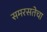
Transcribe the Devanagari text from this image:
समरसतेचा